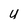
Character: U